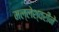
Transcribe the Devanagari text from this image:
मल्लेश्वरीने